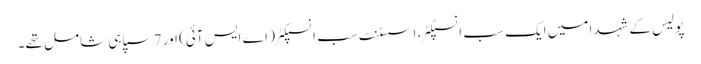
پولیس کے شہدا میں ایک سب انسپکٹر، اسسٹنٹ سب انسپکٹر ( اے ایس آئی) اور 7 سپاہی شامل تھے۔